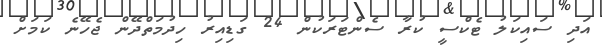
އަދި ސައިކަލު ޓެކްސީ ކުރާ ސެންޓަރަކުން 24 ގަޑިއިރު ހިދުމަތްދޭން ޖެހޭނެ ކަމަށް